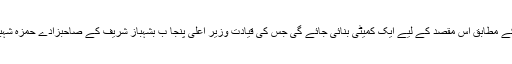
نجی ٹی وی کے مطابق اس مقصد کے لیے ایک کمیٹی بنائی جائے گی جس کی قیادت وزیر اعلیٰ پنجا ب بشہباز شریف کے صاحبزادے حمزہ شہباز کریں گے۔